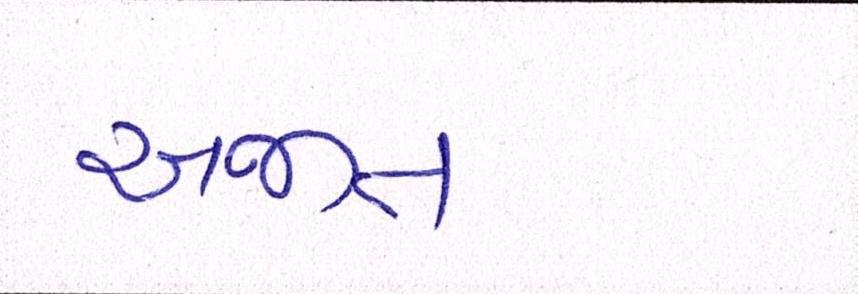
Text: અજીત